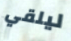
ليلقي